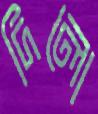
দিলো